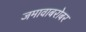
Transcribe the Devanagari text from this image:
जमावाबरोबर